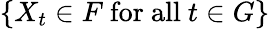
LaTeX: \{ X_{t}\in F{\mathrm{~for~all~}}t\in G\}